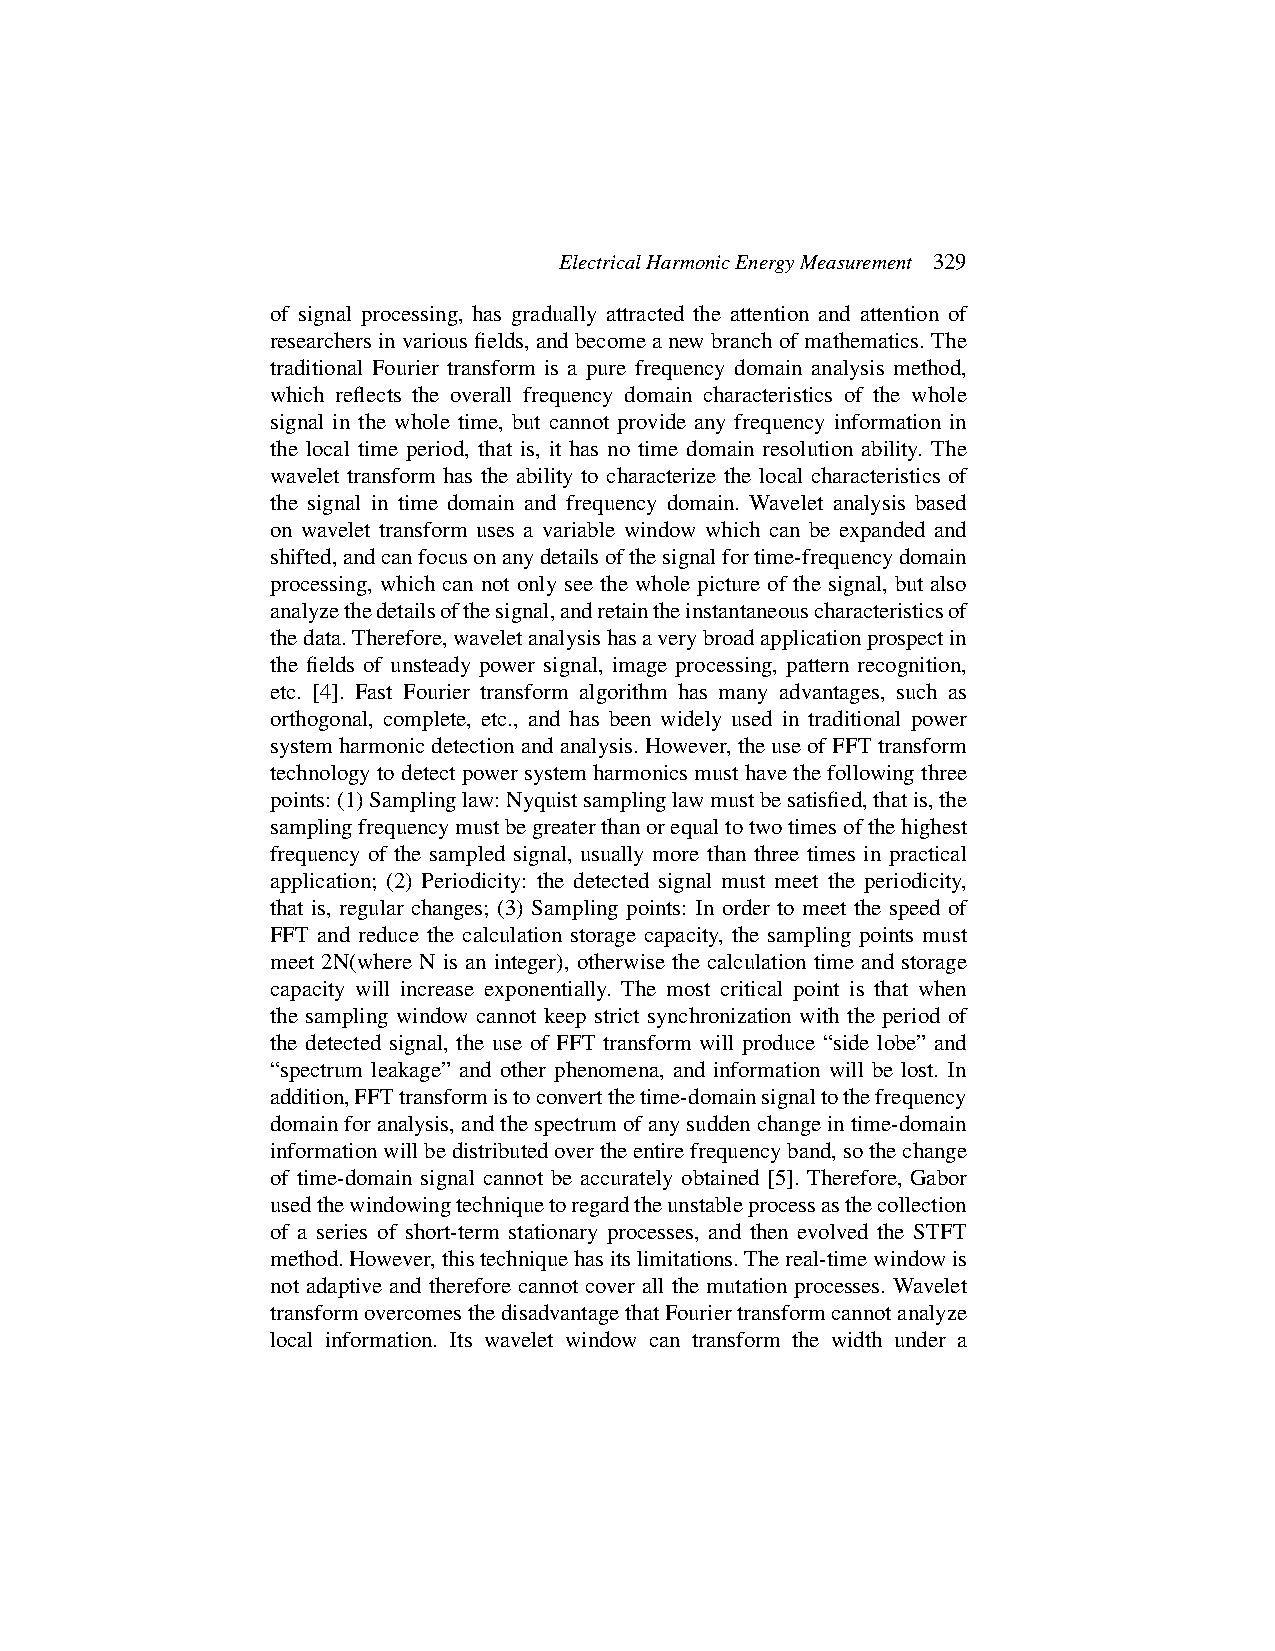
ElectricalHarmonicEnergyMeasurement 329
 of signal processing, has gradually attracted the attention and attention of
 researchersinvariousfields,andbecomeanewbranchofmathematics.The
 traditional Fourier transform is a pure frequency domain analysis method,
 which reflects the overall frequency domain characteristics of the whole
 signal in the whole time, but cannot provide any frequency information in
 the local time period, that is, it has no time domain resolution ability. The
 wavelet transform has the ability to characterize the local characteristics of
 the signal in time domain and frequency domain. Wavelet analysis based
 on wavelet transform uses a variable window which can be expanded and
 shifted,andcanfocusonanydetailsofthesignalfortime-frequencydomain
 processing, which can not only see the whole picture of the signal, but also
 analyzethedetailsofthesignal,andretaintheinstantaneouscharacteristicsof
 thedata.Therefore,waveletanalysishasaverybroadapplicationprospectin
 the fields of unsteady power signal, image processing, pattern recognition,
 etc. [4]. Fast Fourier transform algorithm has many advantages, such as
 orthogonal, complete, etc., and has been widely used in traditional power
 systemharmonicdetectionandanalysis.However,theuseofFFTtransform
 technology todetect power systemharmonics must havethe followingthree
 points:(1)Samplinglaw:Nyquistsamplinglawmustbesatisfied,thatis,the
 samplingfrequencymustbegreaterthanorequaltotwotimesofthehighest
 frequency of the sampled signal, usually more than three times in practical
 application; (2) Periodicity: the detected signal must meet the periodicity,
 that is, regular changes; (3) Sampling points: In order to meet the speed of
 FFT and reduce the calculation storage capacity, the sampling points must
 meet 2N(where N is an integer), otherwise the calculation time and storage
 capacity will increase exponentially. The most critical point is that when
 the sampling window cannot keep strict synchronization with the period of
 the detected signal, the use of FFT transform will produce “side lobe” and
 “spectrum leakage” and other phenomena, and information will be lost. In
 addition,FFTtransformistoconvertthetime-domainsignaltothefrequency
 domainforanalysis,andthespectrumofanysuddenchangeintime-domain
 informationwillbedistributedovertheentirefrequencyband,sothechange
 of time-domain signal cannot be accurately obtained [5]. Therefore, Gabor
 usedthewindowingtechniquetoregardtheunstableprocessasthecollection
 of a series of short-term stationary processes, and then evolved the STFT
 method.However,thistechniquehasitslimitations.Thereal-timewindowis
 not adaptive and therefore cannot cover all the mutation processes. Wavelet
 transformovercomesthedisadvantagethatFouriertransformcannotanalyze
 local information. Its wavelet window can transform the width under a